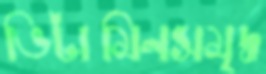
ভিটামিনসমৃদ্ধ